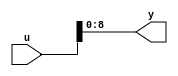
module controllerHdl_MATLAB_Function_block1
          (
           u,
           y
          );
  input   [17:0] u;  
  output  [8:0] y;  
  assign y = u[8:0];
endmodule